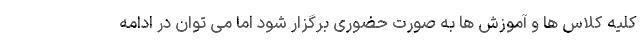
کلیه کلاس ها و آموزش ها به صورت حضوری برگزار شود اما می توان در ادامه